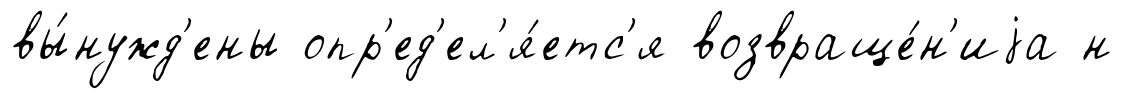
вы́нужд'ены опр'ед'ел'я́етс'я возвраще́н'иjа н